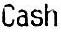
CASH